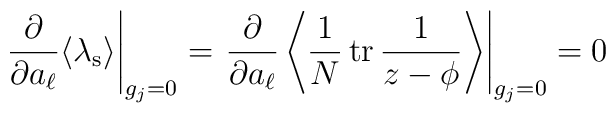
\left.\frac{\partial}{\partial a_\ell}\langle\lambda_{\rm s}\rangle\right|_{g_j=0}=\left.\frac{\partial}{\partial a_\ell}\left\langle\frac1N\,{\rm tr}\,\frac{1}{z-\phi}\right\rangle\right|_{g_j=0}=0